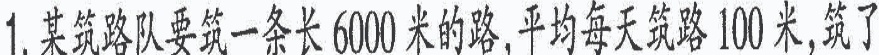
1.某筑路队要筑一条长6000米的路，平均每天筑路100米，筑了